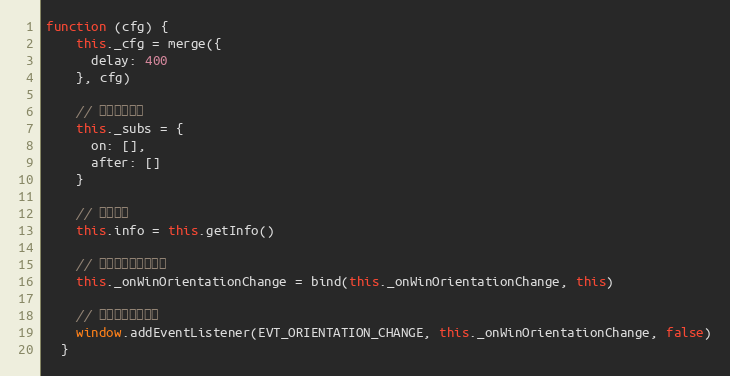
Language: JavaScript
function (cfg) {
    this._cfg = merge({
      delay: 400
    }, cfg)

    // 事件订阅数组
    this._subs = {
      on: [],
      after: []
    }

    // 当前信息
    this.info = this.getInfo()

    // 绑定事件回调上下文
    this._onWinOrientationChange = bind(this._onWinOrientationChange, this)

    // 绑定窗口切换事件
    window.addEventListener(EVT_ORIENTATION_CHANGE, this._onWinOrientationChange, false)
  }